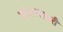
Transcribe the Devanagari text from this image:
कोठल्यातरी